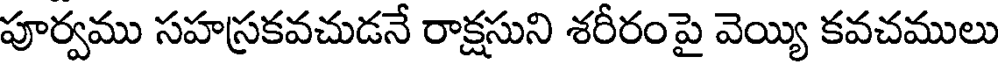
పూర్వము సహస్రకవచుడనే రాక్షసుని శరీరంపై వెయ్యి కవచములు